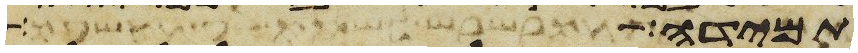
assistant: אבדה וכחש בה ונשבע על שקר